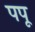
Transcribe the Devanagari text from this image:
पपू